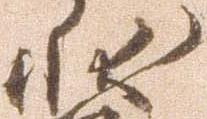
状